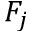
F _ { j }